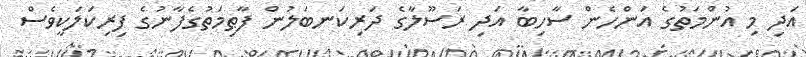
އަދި މި އުންމަތުގެ އަންހެން ސާހިބާ އަދި ރަސޫލާގެ ދަރިކަނބަލުން ފާޠިމަތުގެފާނުގެ ފިރިކަލަކީވެސް